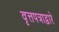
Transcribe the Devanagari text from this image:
वृत्तपत्राद्वारे